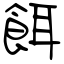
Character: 餌